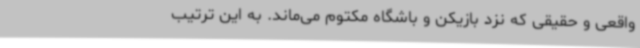
واقعی و حقیقی که نزد بازیکن و باشگاه مکتوم می‌ماند. به این ترتیب